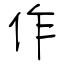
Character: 作